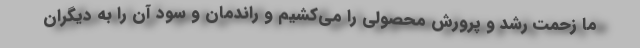
ما زحمت رشد و پرورش محصولی را می‌کشیم و راندمان و سود آن را به دیگران